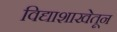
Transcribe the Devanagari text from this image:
विद्याशाखेतून